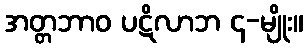
အတ္တဘာဝ ပဋိလာဘ ၄-မျိုး။